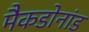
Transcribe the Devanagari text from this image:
मैकडोनांड